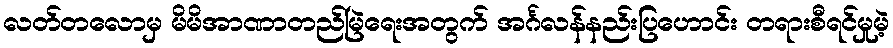
လတ်တလောမှ မိမိအာဏာတည်မြဲရေးအတွက် အင်္ဂလန်နည်းပြဟောင်း တရားစီရင်မှုမဲ့